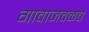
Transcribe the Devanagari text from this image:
गावाजवळचे